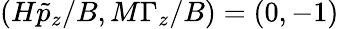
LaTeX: (H\tilde{p}_{z}/B,M\Gamma_{z}/B)=(0,-1)